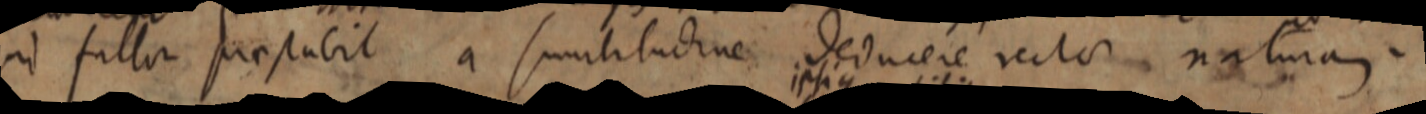
ad fallor prestabit a similitudinem dedurere recta naturam.